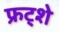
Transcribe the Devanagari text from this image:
फ्रट्शे